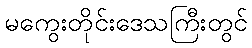
မကွေးတိုင်းဒေသကြီးတွင်